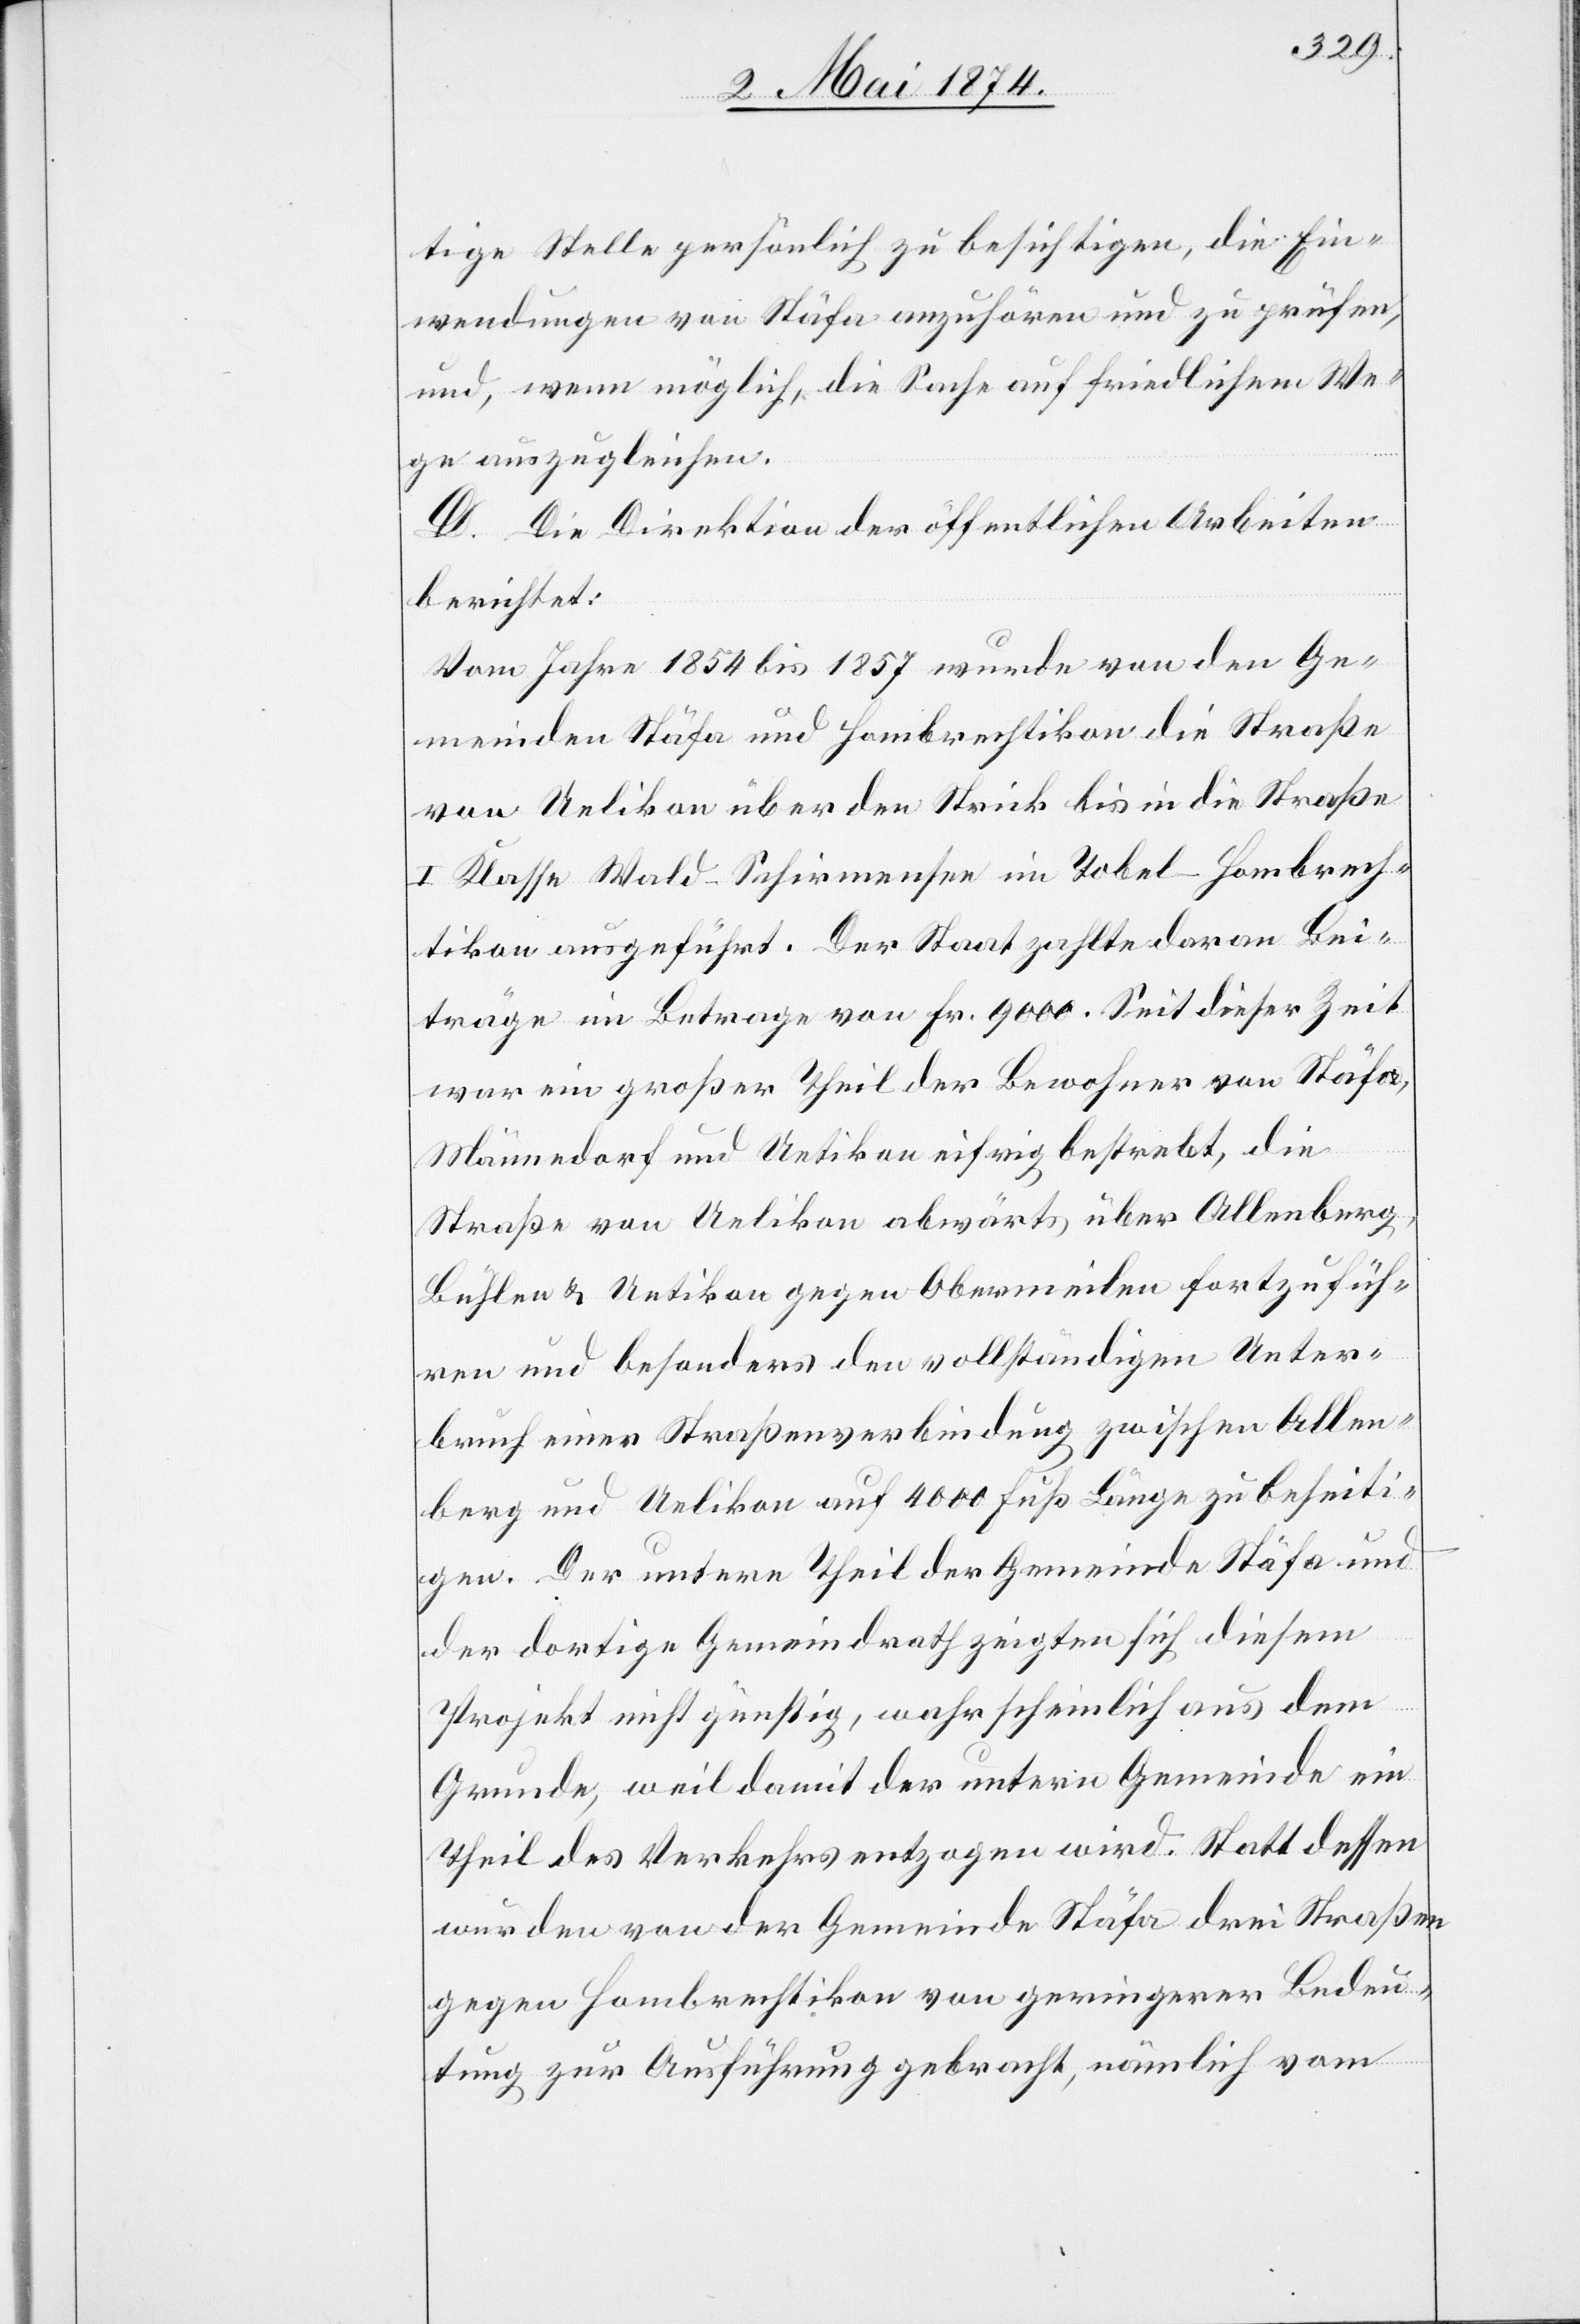
tige Stelle persönlich zu besichtigen, die Ein¬
wendungen von Stäfa anzuhören und zu prüfen,
und, wenn möglich, die Sache auf friedlichem We¬
ge auszugleichen.
D. Die Direktion der öffentlichen Arbeiten
berichtet:
Vom Jahre 1854 bis 1857 wurde von den Ge¬
meinden Stäfa und Hombrechtikon die Straße
von Uelikon über den Strick bis in die Straße
I. Klasse Wald-Schirmensee im Tobel-Hombrech¬
tikon ausgeführt. Der Staat zahlte daran Bei¬
träge im Betrage von Fr. 9000. Seit dieser Zeit
war ein großer Theil der Bewohner von Stäfa,
Männedorf und Uetikon eifrig bestrebt, die
Straße von Uelikon abwärts über Allenberg,
Bühlen u. Uetikon gegen Obermeilen fortzufüh¬
ren und besonders den vollständigen Unter¬
bruch einer Straßenverbindung zwischen Allen¬
berg und Uelikon auf 4000 Fuß Länge zu beseiti¬
gen. Der untere Theil der Gemeinde Stäfa und
der dortige Gemeindrath zeigten sich diesem
Projekt nicht günstig, wahrscheinlich aus dem
Grunde, weil damit der untern Gemeinde ein
Theil des Verkehrs entzogen wird. Statt dessen
nur den von der Gemeinde Stäfa drei Straßen
gegen Hombrechtikon von geringerer Bedeu¬
tung zur Ausführung gebracht, nämlich vom